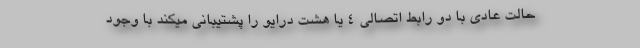
حالت عادی با دو رابط اتصالی 4 یا هشت درایو را پشتیبانی میکند با وجود